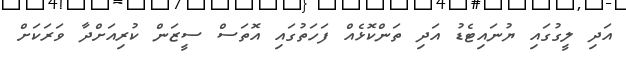
އަދި ލީގުގައި ޔުނައިޓެޑު އަދި ތަންކޮޅެއް ފަހަތުގައި އޮތަސް ސީޒަން ކުރިއަށްދާ ވަރަކަށް